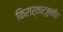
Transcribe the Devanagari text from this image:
किरार्तार्जुनीय